Report on horse surra - Volume I
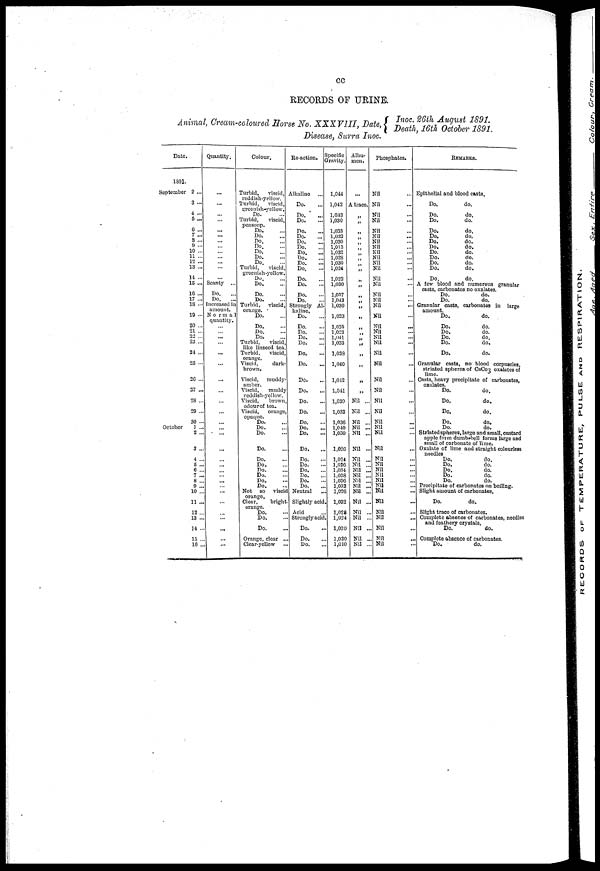
cc
RECORDS OF URINE.
Animal, Cream-coloured Horse No. XXXVIII, Date,
Inoc. 26th August 1891.
Death, 16th October 1891.
Disease,Surra Inoc.
Date.
1891.
September 2 ...
3 ...
4 ...
5 ...
6 ...
7 ...
8 ...
9 ...
10 ...
11 ...
12 ...
13 ...
14 ...
15 ...
16 ...
17 ...
18 ...
19...
20 ...
21 ...
22 ...
23...
24 ...
25 ...
26 ...
27 ...
28 ...
29 ...
30 ..
October 1 ...
2 ...
3 ...
4 ...
5 ...
6 ...
7 ...
8
9 ...
10 ...
11 ...
12 ...
13 ...
14 ...
15 ...
16 ...
Quantity.
...
...
... ...
...
...
...
...
...
...
...
...
...
Scanty ...
Do.
...
Do.
...
Increased in
amount.
No rm a1
quantity.
...
... ...
...
...
...
...
...
...
...
...
...
...
...
...
...
...
...
...
...
...
...
...
...
...
...
Colour.
Turbid,
viscid,
reddish-yellow.
Turbid,
viscid,
greenish-yellow.
Do.
Turbid,
viscid,
peasoup.
Do. ...
Do. ...
Do. ...
Do. ...
Do. ...
Do. ...
Do. ...
Turbid,
viscid,
greenish-yellow.
Do. ...
Do. ...
Do. ...
Do. ...
Turbid, viscid,
orange.
Do. ...
Do. ...
Do. ...
Do. ...
Turbid,
viscid,
like linseed tea.
Turbid, viscid,
orange. Viscid,
dark-
brown.
Viscid, muddy-
amber.
Viscid,
muddy
reddish-yellow.
Viscid,
brown,
odour of tea.
Viscid, orange,
opaque.
Do. ...
Do. ...
Do. ...
Do. ...
Do. ...
Do. ...
Do. ...
Do. ...
Do. ...
Do. ...
Not so viscid
orange.
Clear, bright
orange.
Do. ...
Do. ...
Do. ...
Orange, clear .
Clear-yellow
Re-action.
Alkaline
Do.
Do.
Do.
Do.
Do.
Do.
Do.
Do.
Do.
Do.
Do.
Do.
Do.
Do.
Do.
Strongly Al-
kaline.
Do.
Do.
Do.
Do.
Do.
Do.
Do.
Do.
Do.
Do.
Do.
Do.
Do.
Do.
Do.
Do.
Do.
Do.
Do.
Do.
Do.
Neutral
Slightly acid.
Acid
Strongly acid.
Do.
Do.
Do.
Specific
Gravity.
1,044
1,042
1,033
1,030
1,033
1,032
1,030
1,013
1,032
1,028
1,030
1,024
1,022
1,030
1,037
1,043
1,030
1,023
1,025
1,023
1,041
1,033
1,038
1,040
1,042
1,041
1,030
1,033
1,036
1,040
1,030
1,026
1,024
1,026
1,034
1,038
1,036
1,032
1,026
1,032
1,028
1,024
1,020
1,020
1,010
Albu¬
men.
...
A trace.
„ „
„
„
„
„
„
„
„ „
„ „
„
„ „
„ „
„
„
„
„
„
„
„
„
Nil ...
Nil ...
Nil ...
Nil ...
Nil ...
Nil ...
Nil ...
Nil ...
Nil ...
Nil ...
Nil ...
Nil ...
Nil ...
Nil ...
Nil ...
Nil ...
Nil ...
Nil ...
Nil ...
Phosphates.
Nil
Nil
Nil
Nil
Nil
Nil
Nil
Nil
Nil
Nil
Nil
Nil
Nil
Nil
Nil
Nil
Nil
Nil
Nil
Nil
Nil
Nil
Nil
Nil
Nil
Nil
Nil
Nil
Nil Nil
Nil
Nil
Nil
Nil
Nil
Nil
Nil
Nil
Nil
Nil
Nil
Nil
Nil
Nil
Nil
REMARKS.
Epithelial and blood casts.
Do.
do.
Do.
do.
Do.
do.
Do.
do.
Do.
do.
Do.
do.
Do.
do.
Do.
do.
Do.
do.
Do.
do.
Do.
do.
Do.
do.
A few blood and numerous granular
casts, carbonates no oxalates.
Do.
do.
Do.
do.
Granular casts, carbonates in large
amount.
Do.
do.
Do.
do.
Do.
do.
Do.
do.
Do.
do.
Do.
do.
Granular costs, no blood corpuscles,
striated spheres of CaCo3 oxalates of
lime.
Casts, heavy precipitate of carbonates,
oxalates.
Do.
do.
Do.
do.
Do.
do.
Do.
do.
Do.
do.
Strlated spheres, large and small, custard
apple form dumb-bell forms large and
small of carbonate of lime.
Oxalate of lime and straight colourless
needles
Do.
do.
Do.
do.
Do.
do.
Do.
do.
Do.
do.
Precipitate of carbonates on boiling.
Slight amount of carbonates.
Do.
do.
Slight trace of carbonates.
Complete absence of carbonates, needles
and feathery crystals.
Do.
do.
Complete absence of carbonates.
Do.
do.